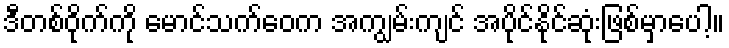
ဒီတစ်ဝိုက်ကို မောင်သက်ဝေက အကျွမ်းကျင် အပိုင်နိုင်ဆုံးဖြစ်မှာပေါ့။